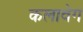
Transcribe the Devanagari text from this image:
कलावेग